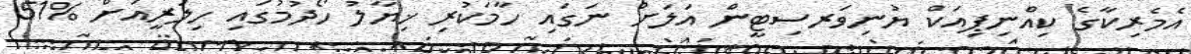
އެމެރިކާގެ ކިއްނިޕިއަކް ޔުނިވަރސިޓީން އަލަށް ނަގައި ހާމަކުރި ޚިޔާލު ހޯދުމުގައި ހިލަރީއަށް %51